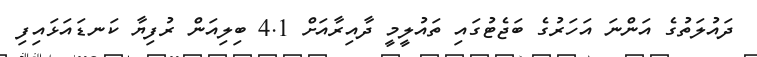
ދައުލަތުގެ އަންނަ އަހަރުގެ ބަޖެޓުގައި ތައުލީމީ ދާއިރާއަށް 4.1 ބިލިއަން ރުފިޔާ ކަނޑައަޅައިފި